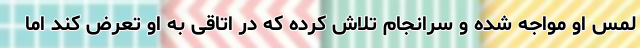
لمس او مواجه شده و سرانجام تلاش کرده که در اتاقی به او تعرض کند اما